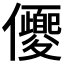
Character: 𠑍